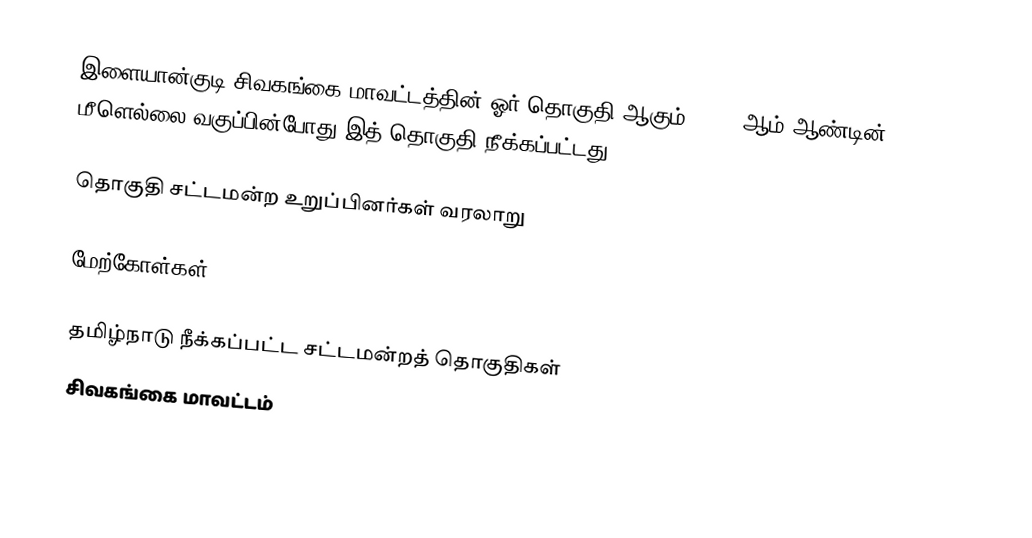
இளையான்குடி சிவகங்கை மாவட்டத்தின் ஓர் தொகுதி ஆகும். 2008 ஆம் ஆண்டின் மீளெல்லை வகுப்பின்போது இத் தொகுதி நீக்கப்பட்டது.

தொகுதி சட்டமன்ற உறுப்பினர்கள் வரலாறு

மேற்கோள்கள்

தமிழ்நாடு நீக்கப்பட்ட சட்டமன்றத் தொகுதிகள்
சிவகங்கை மாவட்டம்